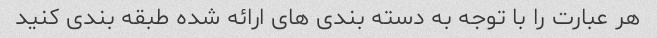
هر عبارت را با توجه به دسته بندی های ارائه شده طبقه بندی کنید